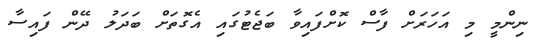
ނިންމީ މި އަހަރަށް ފާސް ކޮށްފައިވާ ބަޖެޓުގައި އެގޮތަށް ބަދަލު ދޭން ފައިސާ